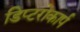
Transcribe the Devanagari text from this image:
डिप्टरोकार्प